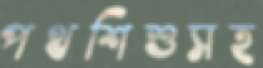
পথশিশুসহ